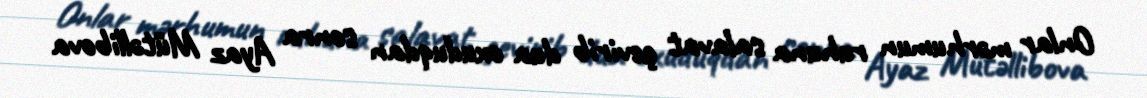
Onlar mərhumun ruhuna salavat çevirib dua oxuduqdan sonra Ayaz Mütəllibova